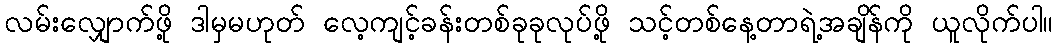
လမ်းလျှောက်ဖို့ ဒါမှမဟုတ် လေ့ကျင့်ခန်းတစ်ခုခုလုပ်ဖို့ သင့်တစ်နေ့တာရဲ့အချိန်ကို ယူလိုက်ပါ။